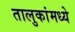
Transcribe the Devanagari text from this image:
तालुकांमध्ये